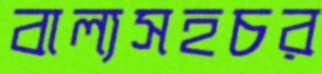
বাল্যসহচর